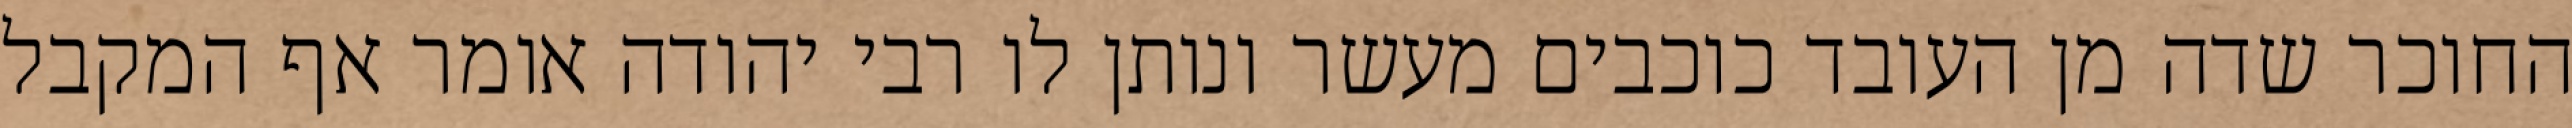
החוכר שדה מן העובד כוכבים מעשר ונותן לו רבי יהודה אומר אף המקבל